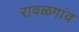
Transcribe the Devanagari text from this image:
रावळगांव